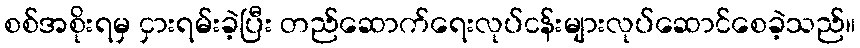
စစ်အစိုးရမှ ငှားရမ်းခဲ့ပြီး တည်ဆောက်ရေးလုပ်ငန်းများလုပ်ဆောင်စေခဲ့သည်။